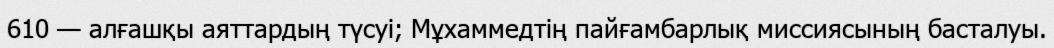
610 — алғашқы аяттардың түсуі; Мұхаммедтің пайғамбарлық миссиясының басталуы.